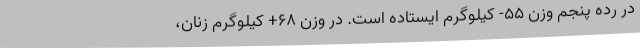
در رده پنجم وزن ۵۵- کیلوگرم ایستاده است. در وزن ۶۸+ کیلوگرم زنان،